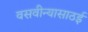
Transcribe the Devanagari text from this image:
वसवीन्यासाठई